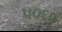
૫૦૬૦